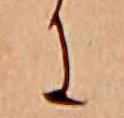
に